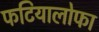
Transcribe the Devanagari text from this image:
फटियालोफा